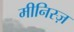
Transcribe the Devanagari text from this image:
मीनिस्ज़